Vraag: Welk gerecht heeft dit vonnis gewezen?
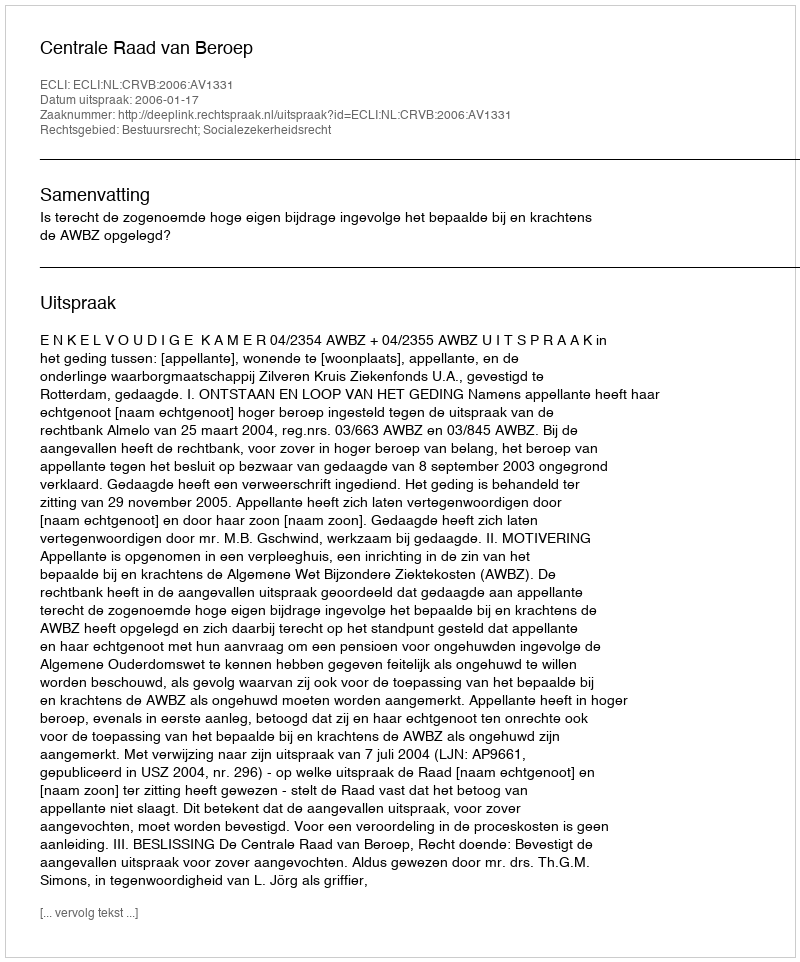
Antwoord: Centrale Raad van Beroep